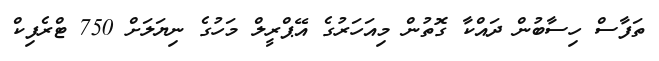
ތަފާސް ހިސާބުން ދައްކާ ގޮތުން މިއަހަރުގެ އޭޕްރީލް މަހުގެ ނިޔަލަށް 750 ޓްރެފިކް